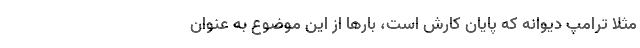
مثلا ترامپ دیوانه که پایان کارش است، بارها از این موضوع به عنوان